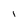
Character: I